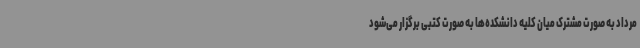
مرداد به صورت مشترک میان کلیه دانشکده‌ها به صورت کتبی برگزار می‌شود